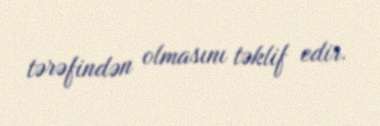
tərəfindən olmasını təklif edir.